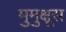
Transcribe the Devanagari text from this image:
मुमुक्षूस